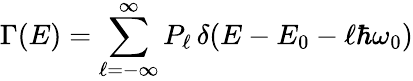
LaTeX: \Gamma(E)=\sum_{\ell=-\infty}^{\infty}P_{\ell}\, \delta(E-E_{0}-\ell\hbar\omega_{0})